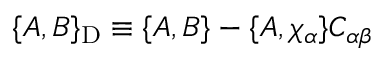
\{ A , B \} _ { \mathrm { D } } \equiv \{ A , B \} - \{ A , \chi _ { \alpha } \} C _ { \alpha \beta }